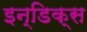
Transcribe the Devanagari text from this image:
इन्डिक्स